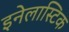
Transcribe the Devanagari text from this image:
इनेलास्टिक